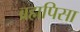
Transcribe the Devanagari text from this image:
ब्रह्मपिसा